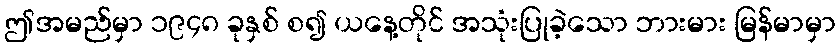
ဤအမည်မှာ ၁၉၄၈ ခုနှစ် စ၍ ယနေ့တိုင် အသုံးပြုခဲ့သော ဘားမား မြန်မာမှာ